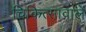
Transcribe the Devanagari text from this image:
चिकित्सावाले